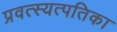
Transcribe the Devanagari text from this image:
प्रवत्स्यत्पतिका